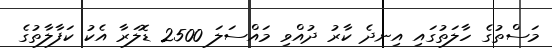
މަސްތުގެ ހާލަތުގައި އިނދެ ކާރު ދުއްވި މައްސަލަ 2500 ޑޮލަރާ އެކު ކަފާލާތުގެ